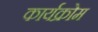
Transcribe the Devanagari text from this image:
कार्यक्रोम